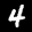
Label: 4